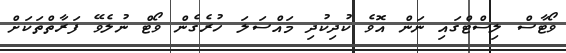
ވޯޓާސް ލިސްޓްގައި ނަން އޮވެ ކުދިކުދި މައްސަލަ ހުރެގެން ވޯޓް ނުލެވޭ ފަރާތްތަކަށް